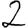
Digit: 2